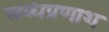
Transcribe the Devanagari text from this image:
लब्धप्रणाश